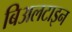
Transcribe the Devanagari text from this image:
बिअलटाइन